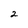
Character: 2